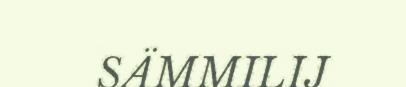
SÄMMILIJ